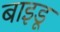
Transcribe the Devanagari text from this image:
बाइडू